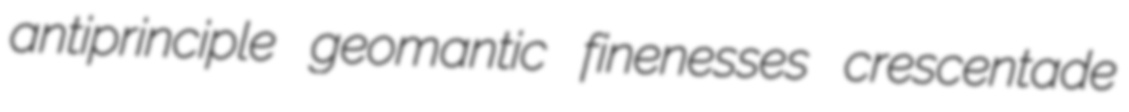
antiprinciple geomantic finenesses crescentade